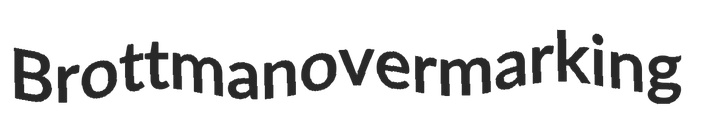
Brottman overmarking